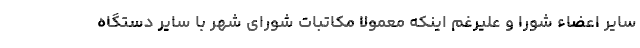
سایر اعضاء شورا و علیرغم اینکه معمولا مکاتبات شورای شهر با سایر دستگاه